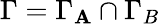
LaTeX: \Gamma=\Gamma_{\mathbf{A}}\cap\Gamma_{B}